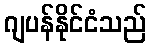
ဂျပန်နိုင်ငံသည်